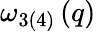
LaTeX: \omega_{3(4)}\left(q\right)